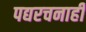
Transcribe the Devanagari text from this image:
पद्यरचनाही